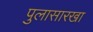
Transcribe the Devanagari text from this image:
पुलासारखा